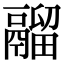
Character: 鬸